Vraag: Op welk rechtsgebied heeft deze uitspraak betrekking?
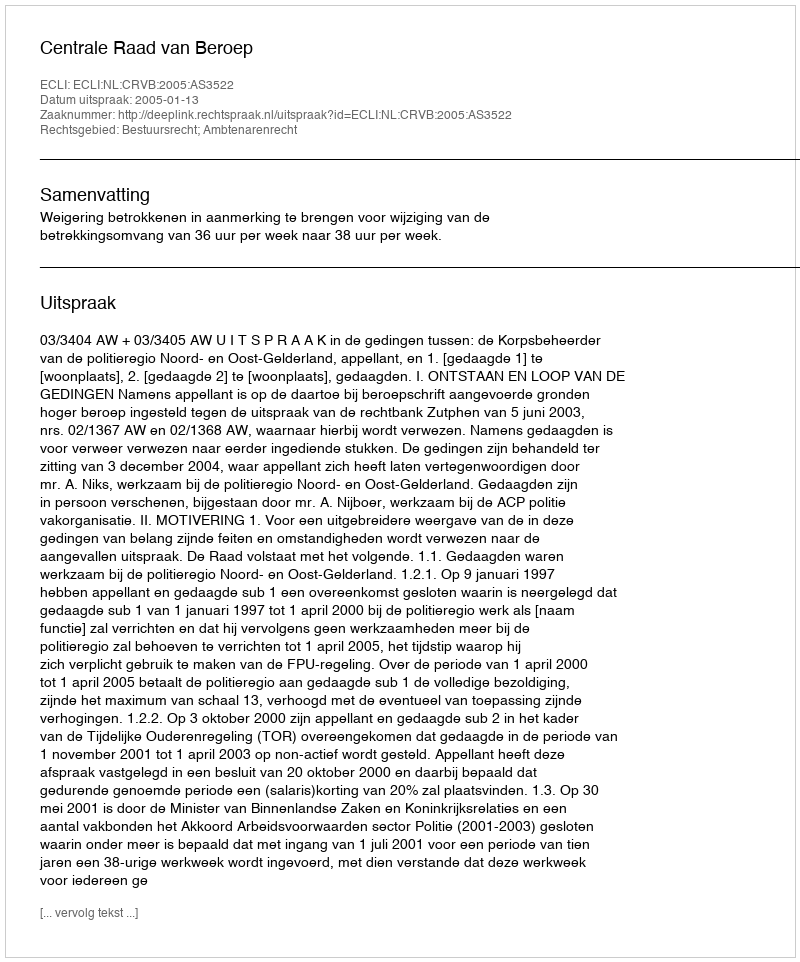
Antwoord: Bestuursrecht; Ambtenarenrecht